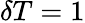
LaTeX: \delta T=1